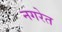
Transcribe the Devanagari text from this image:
नगरेत